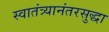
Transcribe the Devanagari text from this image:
स्वातंत्र्यानंतरसुद्धा